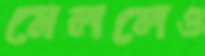
মেললেও